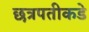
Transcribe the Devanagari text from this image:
छत्रपतीकडे